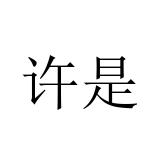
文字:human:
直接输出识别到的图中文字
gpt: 许是